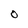
Character: O